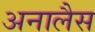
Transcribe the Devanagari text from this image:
अनालैस